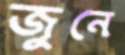
জুনে